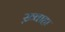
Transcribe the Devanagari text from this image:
ख़्वाहा